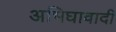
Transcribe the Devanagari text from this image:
अभिघावादी